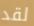
لقد